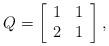
LaTeX: \begin{align*}Q =\left[\begin{array}{cc}1 & 1\\2 & 1\end{array} \right],\end{align*}